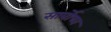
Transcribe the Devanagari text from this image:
सार्वोच्च